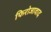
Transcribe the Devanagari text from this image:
फिरोजावाद